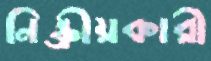
নিষ্ক্রীয়কারী